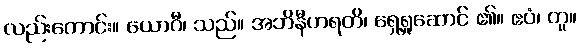
လည်းကောင်း။ ယောဂီ၊ သည်။ အဘိနီဟရတိ၊ ရှေ့ရှုဆောင် ၏။ ဧဝံ၊ တူ။